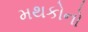
મથકોનો